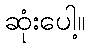
ဆုံးပေါ့။